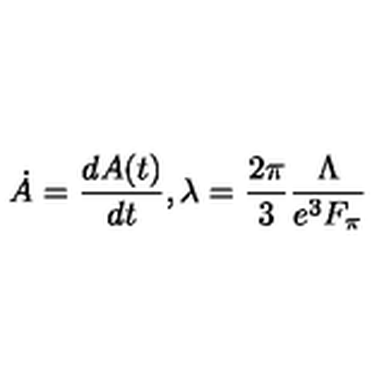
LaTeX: \dot { A } = \frac { d A ( t ) } { d t } , \lambda = \frac { 2 \pi } { 3 } \frac { \Lambda } { e ^ { 3 } F _ { \pi } }